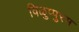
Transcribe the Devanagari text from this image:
विळुप्पुरम